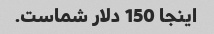
اینجا 150 دلار شماست.